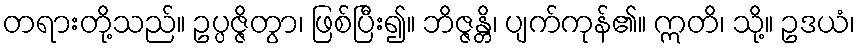
တရားတို့သည်။ ဥပ္ပဇ္ဇိတွာ၊ ဖြစ်ပြီး၍။ ဘိဇ္ဇန္တိ၊ ပျက်ကုန်၏။ ဣတိ၊ သို့။ ဥဒယံ၊